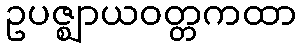
ဥပဇ္ဈာယဝတ္တကထာ